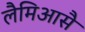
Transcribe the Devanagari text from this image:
लैमिआसै